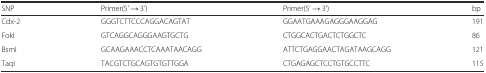
<table><thead><tr><td><b>SNP</b></td><td><b>Primer(5’ → 3’)</b></td><td><b>Primer(5’ → 3’)</b></td><td><b>bp</b></td></tr></thead><tbody><tr><td>Cdx-2</td><td>GGGTCTTCCCAGGACAGTAT</td><td>GGAATGAAAGAGGGAAGGAG</td><td>191</td></tr><tr><td>FokI</td><td>GTCAGGCAGGGAAGTGCTG</td><td>CTGGCACTGACTCTGGCTC</td><td>86</td></tr><tr><td>BsmI</td><td>GCAAGAAACCTCAAATAACAGG</td><td>ATTCTGAGGAACTAGATAAGCAGG</td><td>121</td></tr><tr><td>TaqI</td><td>TACGTCTGCAGTGTGTTGGA</td><td>CTGAGAGCTCCTGTGCCTTC</td><td>115</td></tr></tbody></table>